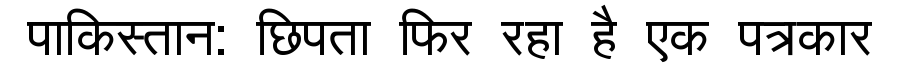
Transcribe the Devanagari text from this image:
पाकिस्तान: छिपता फिर रहा है एक पत्रकार